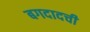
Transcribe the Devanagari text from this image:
बगदादची